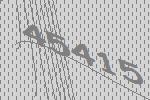
45415